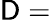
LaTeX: \mathsf{D}=